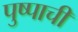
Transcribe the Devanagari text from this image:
पुष्पाची